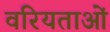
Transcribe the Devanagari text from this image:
वरियताओं